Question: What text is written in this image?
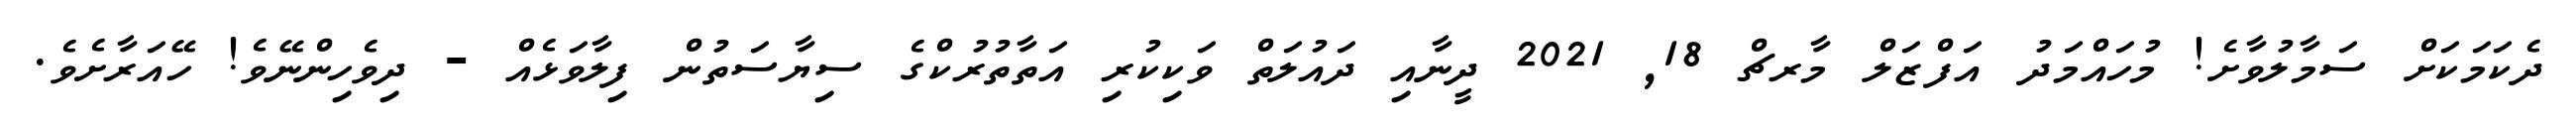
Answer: ދެކަމަކަށް ސަމާލުވާށެ! މުހައްމަދު އަފްޒަލް މާރޗް 18, 2021 ދީނާއި ދައުލަތް ވަކިކުރި އަތާތުރުކްގެ ސިޔާސަތުން ފިލާވަޅެއް - ދިވެހިންނޭވެ! ހޭއަރާށެވެ.